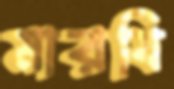
মারযি